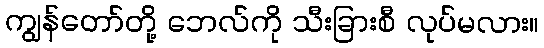
ကျွန်တော်တို့ ဘေလ်ကို သီးခြားစီ လုပ်မလား။